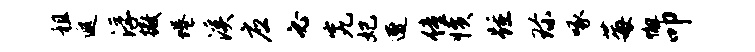
租遐浮撒蜷溪应必究妃遭僮愤踵珍啄莓懈叩